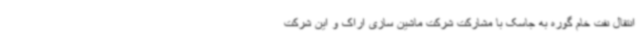
انتقال نفت خام گوره به جاسک با مشارکت شرکت ماشین سازی اراک و این شرکت